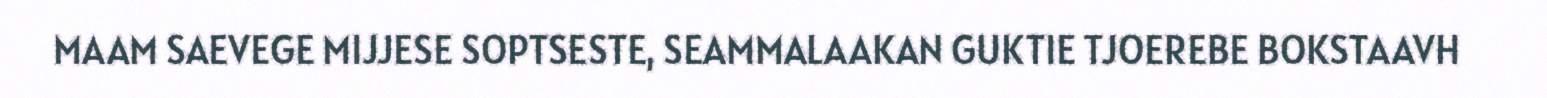
MAAM SAEVEGE MIJJESE SOPTSESTE, SEAMMALAAKAN GUKTIE TJOEREBE BOKSTAAVH